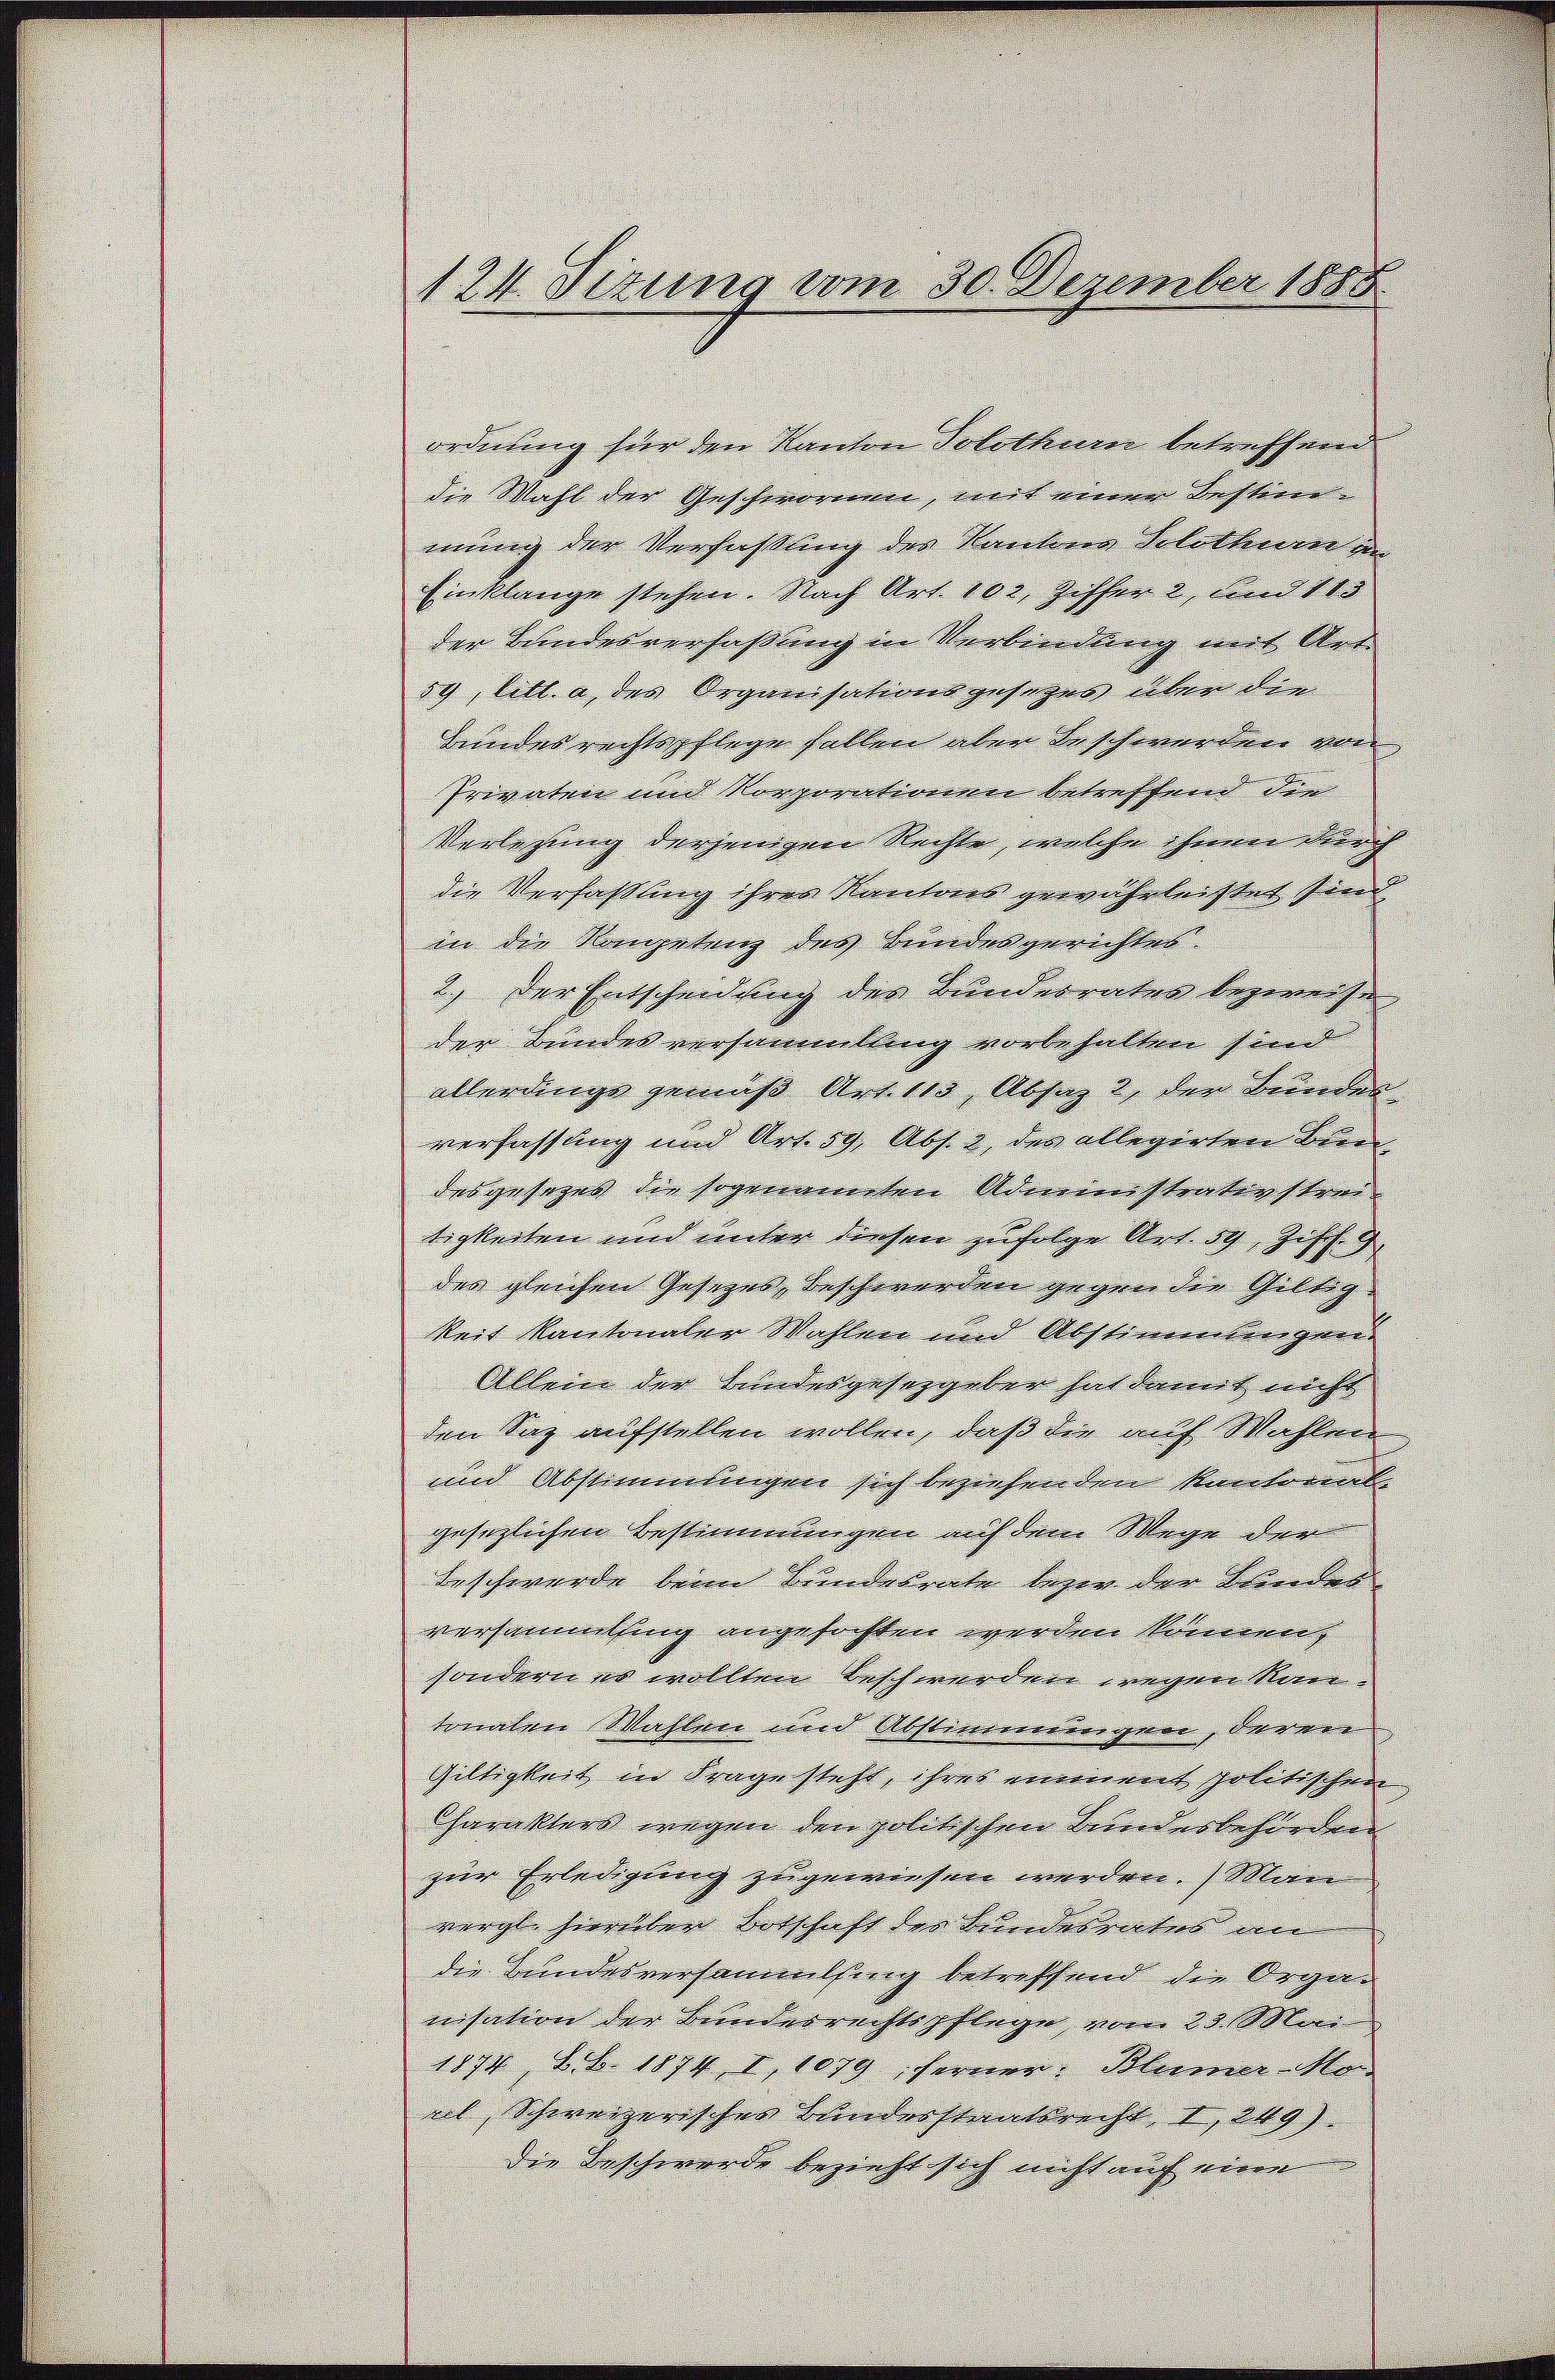
ordnung für den Kanton Solothurn betreffend
die Wahl der Geschwornen, mit einer Bestein
mung der Verfaßung des Kantons Solothurn an
Einklange stehen. Nach Art. 102, Ziffer 2, und 103
der Bundesverfaßung in Verbindung mit Art.
59, litt. a, des Organisationsgesetzes über die
Bundes rechtspflege fallen aber beschwerden von
Privaten und Korporationen betreffend die
Verlesung derjenigen Rechte, welche ihnen durch
die Verfaßung ihres Kantons gewährleistet sind
in die Kompetenz des Bundesgerichtes.
2.) Der Entscheidung der Bundesrates bezweife
der Bundes versammling vorbehalten sind
allerdinge gemäß Art. 113, Absaz 2 der Bunden
verfassung und Art. 59, Abs. 2, des allegirten Bien
desgesezes die sogenannten Administrativ streitigkeiten und unter diesen zufolge Art. 59, Ziff. 9
des gleichen Gesezes, beschwerden gegen die Gültigkeit Kantonaler Wahlen und Abstimmungen
Allein der Bundesgesetzgeber hat damit nicht
den Saz aufstellen wollen, daß die auf Wahlen
und Abstimmungen sich beziehenden Kantonale
gesezlichen Bestimmungen auf dem Wege der
Beschwerde beim Bundesrate bezw. der Blindes
versammling angefochten werden können,
sondern es wollten Beschwerden wegen Kansonalen Mahlen und Abstimmungen, deren
Giltigkeit in Frage steht, ihres eiment politischen
Charakters wegen den politischen Bundesbehörden
zur Erledigung zugewiesen werden.) Man
vergl. hievielen Botschaft des Bundesrates an
die Bundesversammlung betreffend die Organisation der Bundesrechtspflege vom 23. Mai
1894 Lb. 1899 I, 1079, fernen Blumer-Mo
ail, Schweizerisches Bundesstaatsrecht I 249)
die Beschwerde bezieht sich nicht auch eine

124. Sizung vom 30. Dezember 1885.